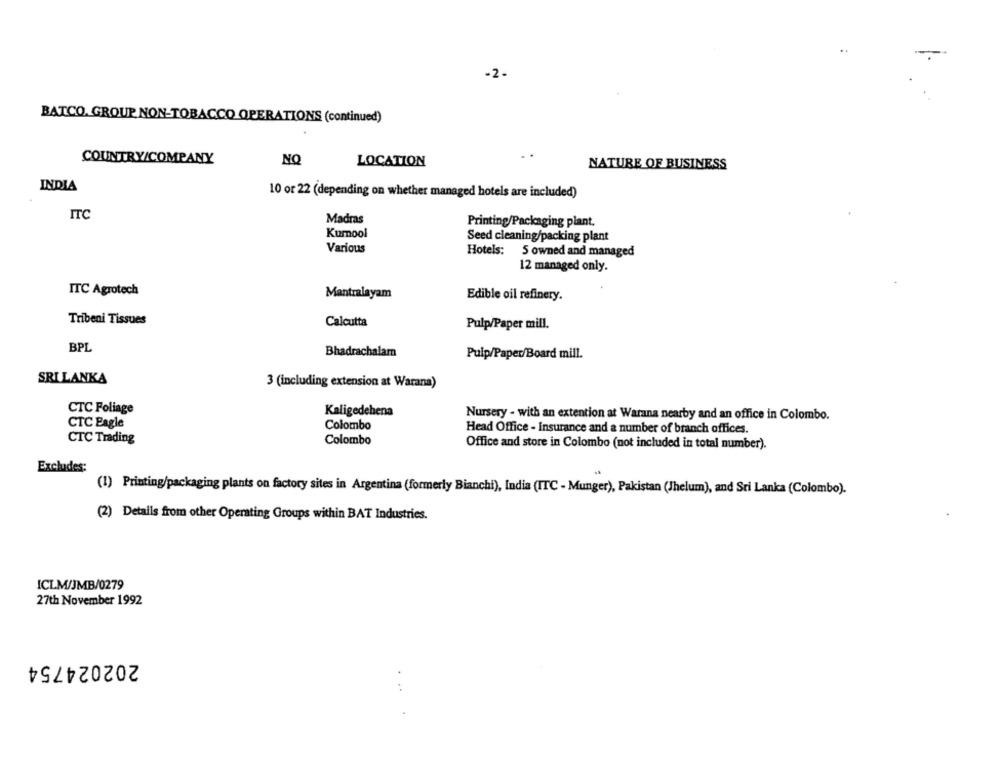
-
-2-
BATCO. GROUP NON-TOBACCO OPERATIONS (continued)
NO
COUNTRY/COMPANY
LOCATION
NATURE OF BUSINESS
INDIA
10 or 22 (depending on whether managed hotels are included)
ITC
Madras
Printing/Packaging plant.
Kurnool
Seed cleaning/packing plant
Various
Hotels: 5 owned and managed
12 managed only.
ITC Agrotech
Mantralayam
Edible oil refinery.
Tribeni Tissues
Calcutta
Pulp/Paper mill.
BPL
Bhadrachalar
Pulp/Paper/Board mill.
SRILANKA
3 (including extension at Warana)
CTC Foliage
Kaligedehena
Nursery - with an extention at Warana nearby and an office in Colombo.
CTC Eagle
Colombo
Head Office - Insurance and a number of branch offices.
CTC Trading
Colombo
Office and store in Colombo (not included in total number).
Excludes:
(1) Printing/packaging plants on factory sites in Argentina (formerly Bianchi), India (ITC - Munger), Pakistan (Jhelum), and Sri Lanka (Colombo).
(2) Details from other Operating Groups within BAT Industries.
ICLM/JMB/0279
27th November 1992
202024754